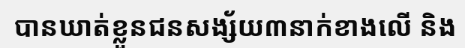
បានឃាត់ខ្លួនជនសង្ស័យ៣នាក់ខាងលើ និង